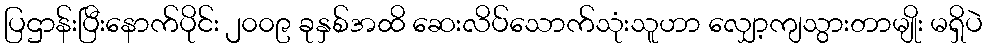
ပြဌာန်းပြီးနောက်ပိုင်း ၂၀၀၉ ခုနှစ်အထိ ဆေးလိပ်သောက်သုံးသူဟာ လျှော့ကျသွားတာမျိုး မရှိပဲ